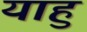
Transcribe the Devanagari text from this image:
याहु